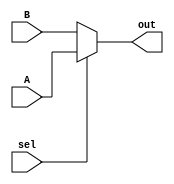
`timescale 1ns / 1ps
//////////////////////////////////////////////////////////////////////////////////
// Company: 
// Engineer: 
// 
// Design Name: 
// Module Name: mux
// Project Name: 
// Target Devices: 
// Tool Versions: 
// Description: 
// 
// Dependencies: 
// 
// Revision:
// Revision 0.01 - File Created
// Additional Comments:
// 
//////////////////////////////////////////////////////////////////////////////////


module mux(input sel, input[3:0]A, input[3:0]B, output reg [3:0]out);
always@(sel,A,B)
begin
if(sel==1'b1)
    out=A;
    else 
    out=B;
end    
endmodule